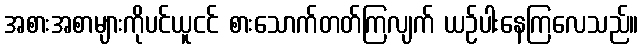
အစားအစာများကိုပင်ယူငင် စားသောက်တတ်ကြလျက် ယဉ်ပါးနေကြလေသည်။